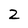
Character: 2